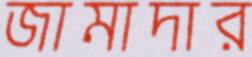
জামাদার